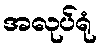
အလုပ်ရုံ